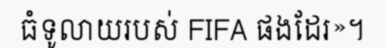
ធំទូលាយរបស់ FIFA ផងដែរ»។